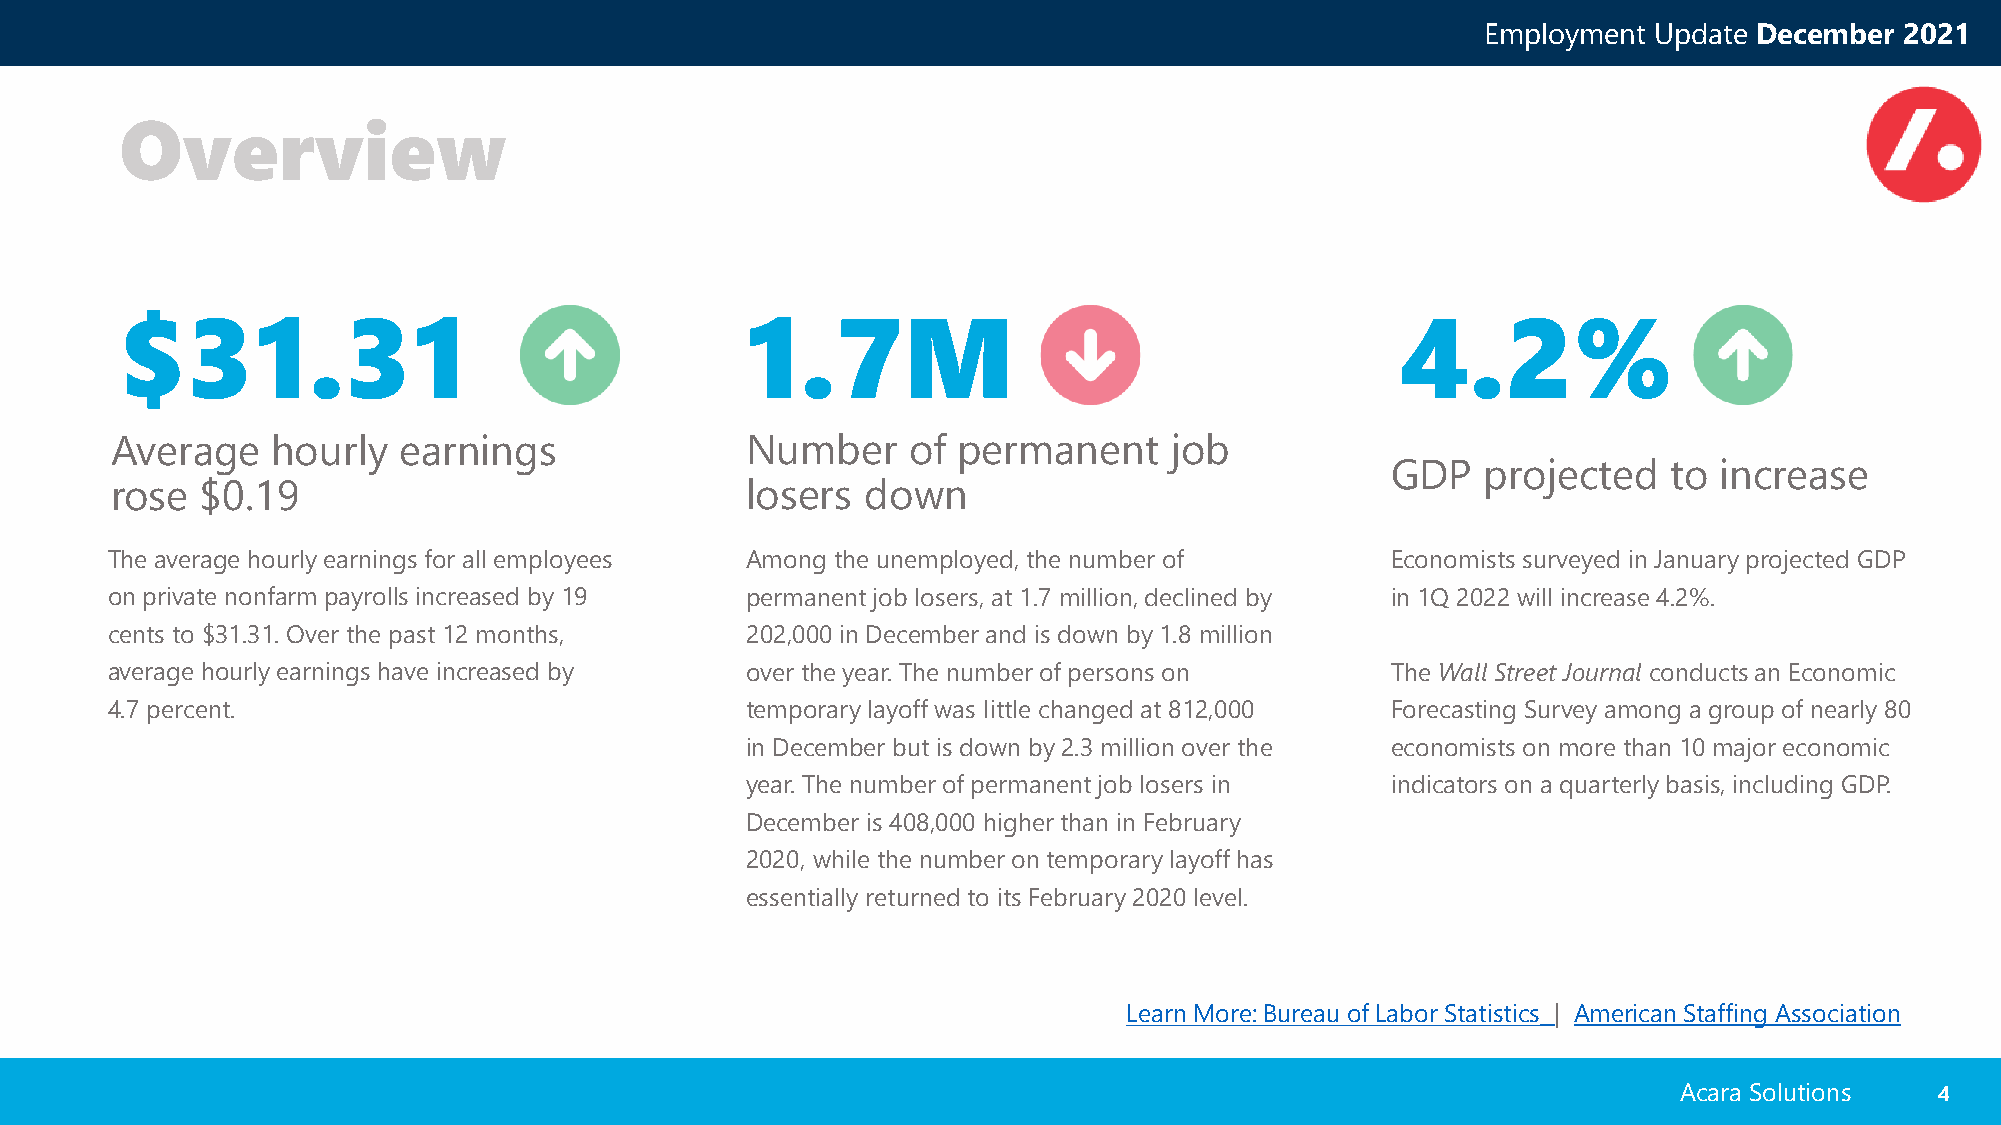
Employment Update December  2021
 Overview
 $31.31                                   1.7M                                        4.2%
 Average    hourly  earnings               Number     of permanent     job
 GDP   projected   to  increase
 rose  $0.19                               losers  down
 The average hourly earnings for all employees Among the unemployed, the number of    Economists surveyed in January projected GDP
 on private nonfarm payrolls increased by 19 permanent job losers, at 1.7 million, declined by in 1Q 2022 will increase 4.2%.
 cents to $31.31. Over the past 12 months, 202,000 in December and is down by 1.8 million
 average hourly earnings have increased by over the year. The number of persons on    The Wall Street Journal conducts an Economic
 4.7 percent.                              temporary layoff was little changed at 812,000 Forecasting Survey among a group of nearly 80
 in December but is down by 2.3 million over the economists on more than 10 major economic
 year. The number of permanent job losers in indicators on a quarterly basis, including GDP.
 December is 408,000 higher than in February
 2020, while the number on temporary layoff has
 essentially returned to its February 2020 level.
 Learn More: Bureau of Labor Statistics | American Staffing Association
 Acara Solutions  44